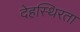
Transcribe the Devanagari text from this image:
देहस्थिरता